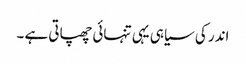
اندر کی سیاہی یہی تنہائی چھپاتی ہے ۔